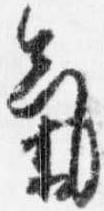
気